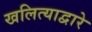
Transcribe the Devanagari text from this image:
खलित्याद्वारे